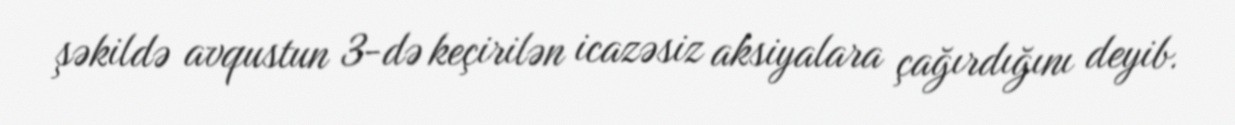
şəkildə avqustun 3-də keçirilən icazəsiz aksiyalara çağırdığını deyib.